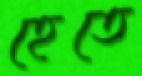
হেতে